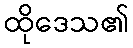
ထိုဒေသ၏